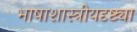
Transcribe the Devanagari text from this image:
भाषाशास्त्रीयदृष्ट्या